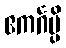
ဧကင်္ဂမ္ပိ